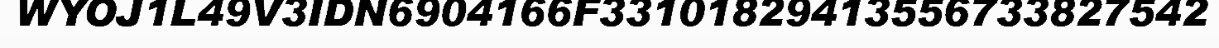
WYOJ1L49V3IDN6904166F33101829413556733827542